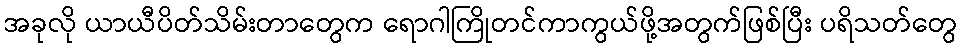
အခုလို ယာယီပိတ်သိမ်းတာတွေက ရောဂါကြိုတင်ကာကွယ်ဖို့အတွက်ဖြစ်ပြီး ပရိသတ်တွေ